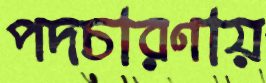
পদচারণায়